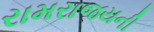
રામરાજયની